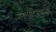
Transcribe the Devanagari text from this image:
मनोरादिसणार्‍या